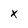
Character: X